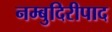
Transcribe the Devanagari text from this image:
नम्बुदिरीपाद